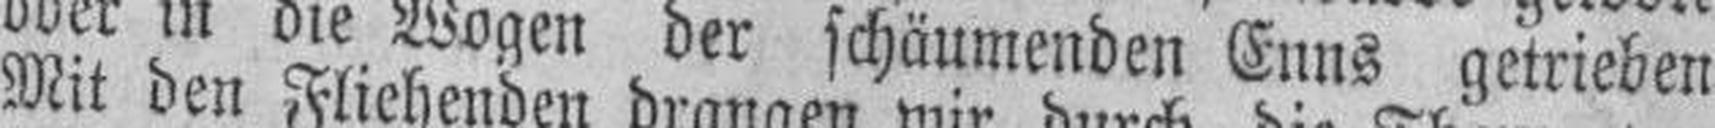
Mit den Fliekenden drangen wir durch die Thore von